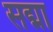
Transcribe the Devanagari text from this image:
सद्मा